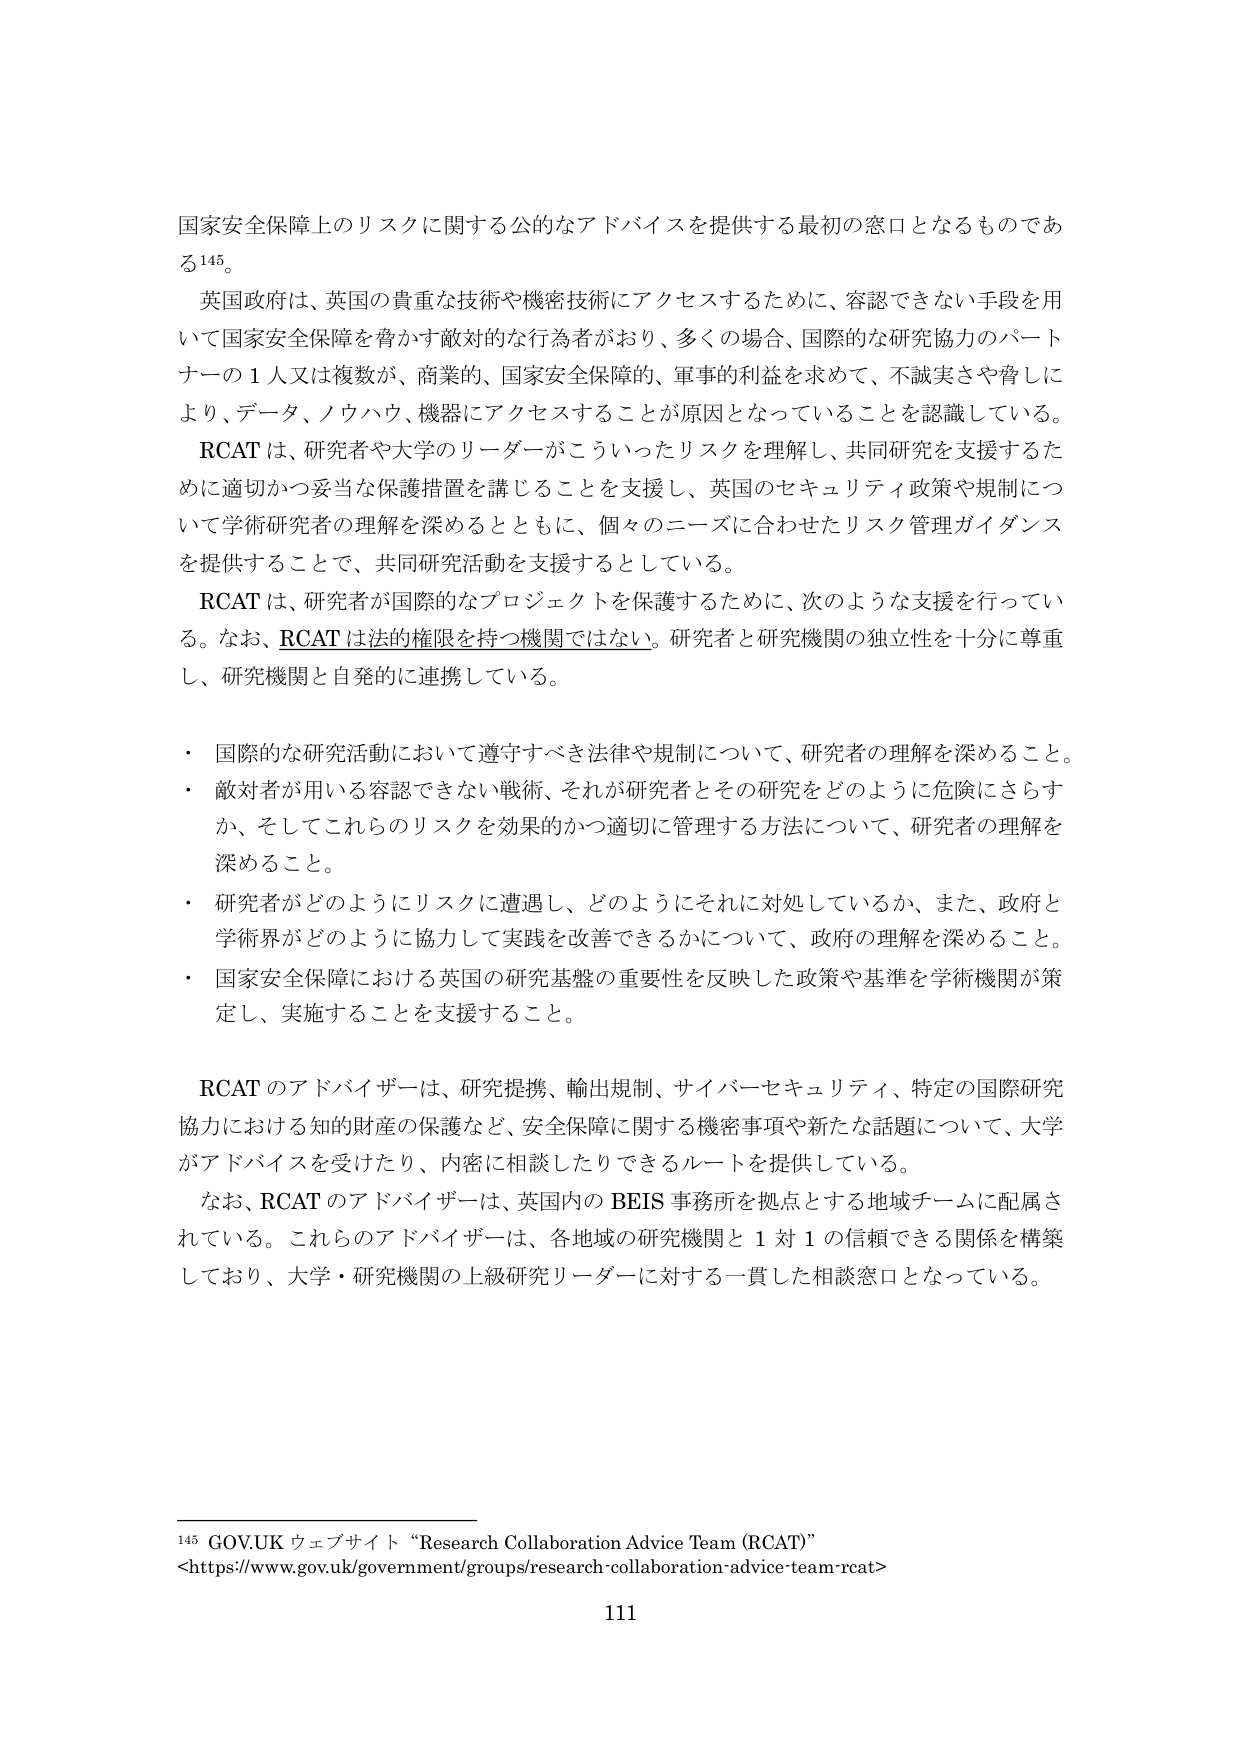
国家安全保障上のリスクに関する公的なアドバイスを提供する最初の窓口となるものである145。

英国政府は、英国の貴重な技術や機密技術にアクセスするために、容認できない手段を用いて国家安全保障を脅かす敵対的な行為者がおり、多くの場合、国際的な研究協力のパートナーの1人又は複数が、商業的、国家安全保障的、軍事的利益を求めて、不誠実さや脅しにより、データ、ノウハウ、機器にアクセスすることが原因となっていることを認識している。

RCATは、研究者や大学のリーダーがこういったリスクを理解し、共同研究を支援するために適切かつ妥当な保護措置を講じることを支援し、英国のセキュリティ政策や規制について学術研究者の理解を深めるとともに、個々のニーズに合わせたリスク管理ガイダンスを提供することで、共同研究活動を支援するとしている。

RCATは、研究者が国際的なプロジェクトを保護するために、次のような支援を行っている。なお、RCATは法的権限を持つ機関ではない。研究者と研究機関の独立性を十分に尊重し、研究機関と自発的に連携している。

・ 国際的な研究活動において遵守すべき法律や規制について、研究者の理解を深めること。
・ 敵対者が用いる容認できない戦術、それが研究者とその研究をどのように危険にさらすか、そしてこれらのリスクを効果的かつ適切に管理する方法について、研究者の理解を深めること。
・ 研究者がどのようにリスクに遭遇し、どのようにそれに対処しているか、また、政府と学術界がどのように協力して実践を改善できるかについて、政府の理解を深めること。
・ 国家安全保障における英国の研究基盤の重要性を反映した政策や基準を学術機関が策定し、実施することを支援すること。

RCATのアドバイザーは、研究提携、輸出規制、サイバーセキュリティ、特定の国際研究協力における知的財産の保護など、安全保障に関する機密事項や新たな話題について、大学がアドバイスを受けたり、内密に相談したりできるルートを提供している。

なお、RCATのアドバイザーは、英国内のBEIS事務所を拠点とする地域チームに配属されている。これらのアドバイザーは、各地域の研究機関と1対1の信頼できる関係を構築しており、大学・研究機関の上級研究リーダーに対する一貫した相談窓口となっている。

145 GOV.UKウェブサイト “Research Collaboration Advice Team (RCAT)”
<https://www.gov.uk/government/groups/research-collaboration-advice-team-rcat>

111